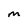
Character: M